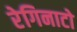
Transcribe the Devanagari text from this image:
रेगिनाटो